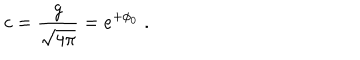
c = \frac { g } { \sqrt { 4 \pi } } = e ^ { + \phi _ { 0 } } \; .